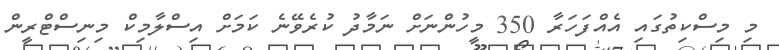
މި މިސްކިތުގައި އެއްފަހަރާ 350 މީހުންނަށް ނަމާދު ކުރެވޭނެ ކަމަށް އިސްލާމިކް މިނިސްޓްރީން